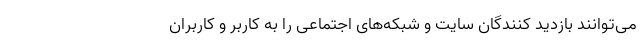
می‌توانند بازدید کنندگان سایت و شبکه‌های اجتماعی را به کاربر و کاربران